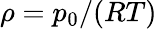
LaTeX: \rho=p_{0}/(RT)